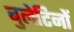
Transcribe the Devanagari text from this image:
बुलेटिनों